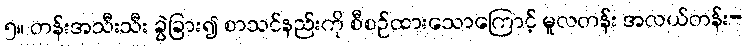
၅။ တန်းအသီးသီး ခွဲခြား၍ စာသင်နည်းကို စီစဉ်ထားသောကြောင့် မူလတန်း အလယ်တန်း-